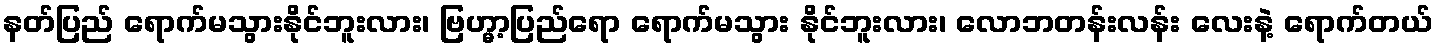
နတ်ပြည် ရောက်မသွားနိုင်ဘူးလား၊ ဗြဟ္မာ့ပြည်ရော ရောက်မသွား နိုင်ဘူးလား၊ လောဘတန်းလန်း လေးနဲ့ ရောက်တယ်